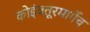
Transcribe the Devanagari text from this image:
कोइंबतूरमार्गेच